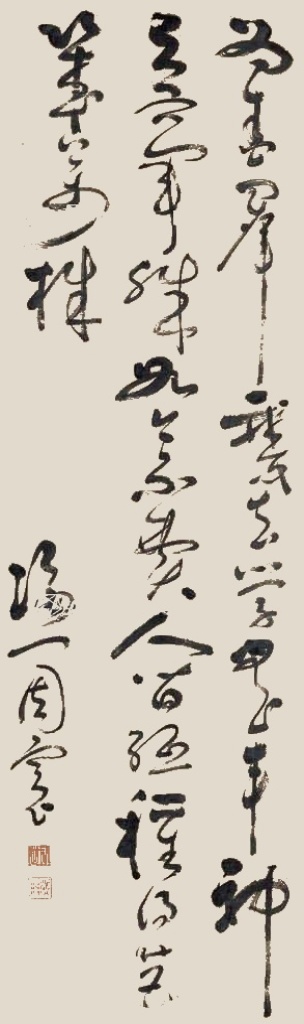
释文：为爱群鹅去学书，丰神与右军殊。如今不费人间纸，种得芭几万株。海门周宪。